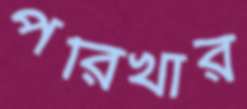
পরিখার